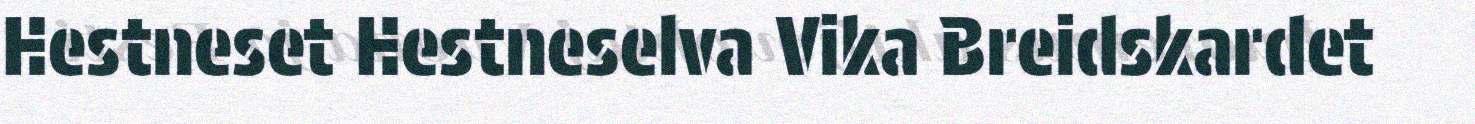
Hestneset Hestneselva Vika Breidskardet